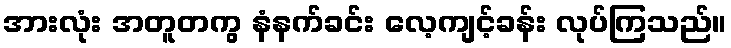
အားလုံး အတူတကွ နံနက်ခင်း လေ့ကျင့်ခန်း လုပ်ကြသည်။